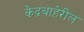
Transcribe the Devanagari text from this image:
केद्रबाहेरील